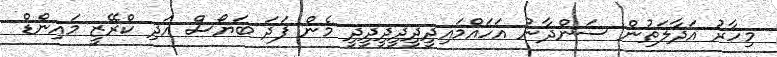
މިހާރު އަދާލަތުން ސަންދާނު އަހައްމައިދީދީދީދީދީދީ މެން ފަދަ ބަޔޯސް އަދި ކްރޭޒީ މައިންޑް